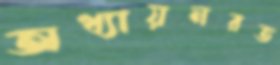
অধ্যায়নরত